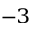
^ { - 3 }